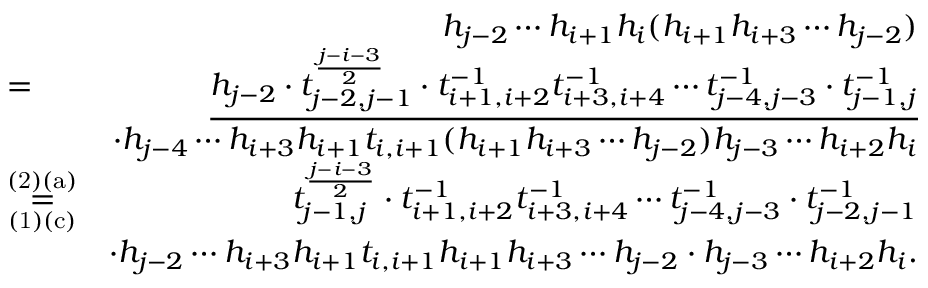
\begin{array} { r l r } & { } & { h _ { j - 2 } \cdots h _ { i + 1 } h _ { i } ( h _ { i + 1 } h _ { i + 3 } \cdots h _ { j - 2 } ) } \\ & { = } & { \underline { { h _ { j - 2 } \cdot t _ { j - 2 , j - 1 } ^ { \frac { j - i - 3 } { 2 } } \cdot t _ { i + 1 , i + 2 } ^ { - 1 } t _ { i + 3 , i + 4 } ^ { - 1 } \cdots t _ { j - 4 , j - 3 } ^ { - 1 } \cdot t _ { j - 1 , j } ^ { - 1 } } } } \\ & { } & { \cdot h _ { j - 4 } \cdots h _ { i + 3 } h _ { i + 1 } t _ { i , i + 1 } ( h _ { i + 1 } h _ { i + 3 } \cdots h _ { j - 2 } ) h _ { j - 3 } \cdots h _ { i + 2 } h _ { i } } \\ & { \overset { \mathrm { ( 2 ) ( a ) } } { \underset { \mathrm { ( 1 ) ( c ) } } { = } } } & { t _ { j - 1 , j } ^ { \frac { j - i - 3 } { 2 } } \cdot t _ { i + 1 , i + 2 } ^ { - 1 } t _ { i + 3 , i + 4 } ^ { - 1 } \cdots t _ { j - 4 , j - 3 } ^ { - 1 } \cdot t _ { j - 2 , j - 1 } ^ { - 1 } } \\ & { } & { \cdot h _ { j - 2 } \cdots h _ { i + 3 } h _ { i + 1 } t _ { i , i + 1 } h _ { i + 1 } h _ { i + 3 } \cdots h _ { j - 2 } \cdot h _ { j - 3 } \cdots h _ { i + 2 } h _ { i } . } \end{array}